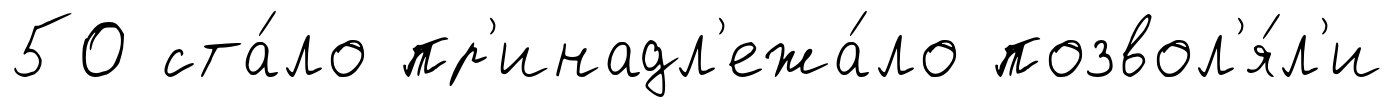
50 ста́ло пр'инадл'ежа́ло позвол'я́л'и